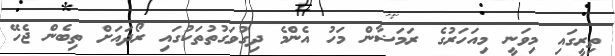
ތިރީގައި މިވަނީ މިއަހަރުގެ ރަމަޟާން މަހު އެންމެ ދިގުވަގުތުތަކުގައި ރޯދައަށް ތިބެން ޖެހޭ